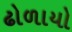
ઢોળાયો